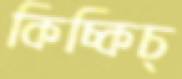
কিচ্‌কিচ্‌